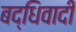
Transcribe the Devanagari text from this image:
बद्धिवादी